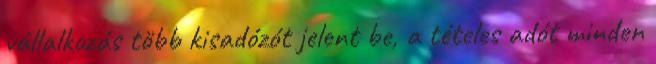
vállalkozás több kisadózót jelent be, a tételes adót minden